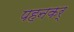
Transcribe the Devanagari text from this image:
पहनकर्